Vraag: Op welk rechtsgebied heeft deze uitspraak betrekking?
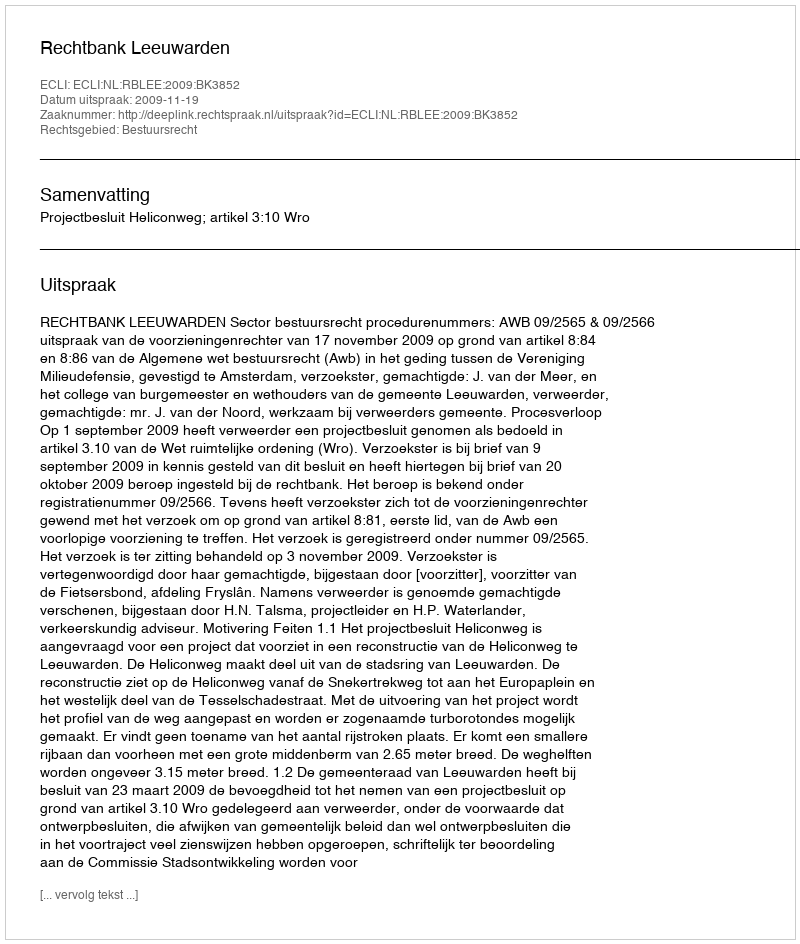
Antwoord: Bestuursrecht